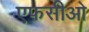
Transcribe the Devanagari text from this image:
एफसीओ